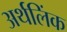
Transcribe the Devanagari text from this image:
अर्थलिंक